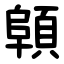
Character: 顊